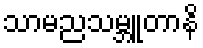
သာမညသမ္ဘူတာနိ